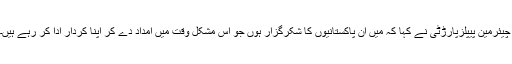
چیئرمین پیپلزپارڑٹی نے کہا کہ میں ان پاکستانیوں کا شکرگزار ہوں جو اس مشکل وقت میں امداد دے کر اپنا کردار ادا کر رہے ہیں۔